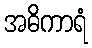
အဓိကာရံ